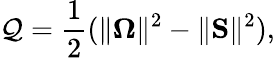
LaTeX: \mathcal{Q}=\frac{{1}}{{2}}(\Vert\boldsymbol{\Omega}\Vert^{2}-\Vert\boldsymbol{\mathrm{{S}}}\Vert^{2}),